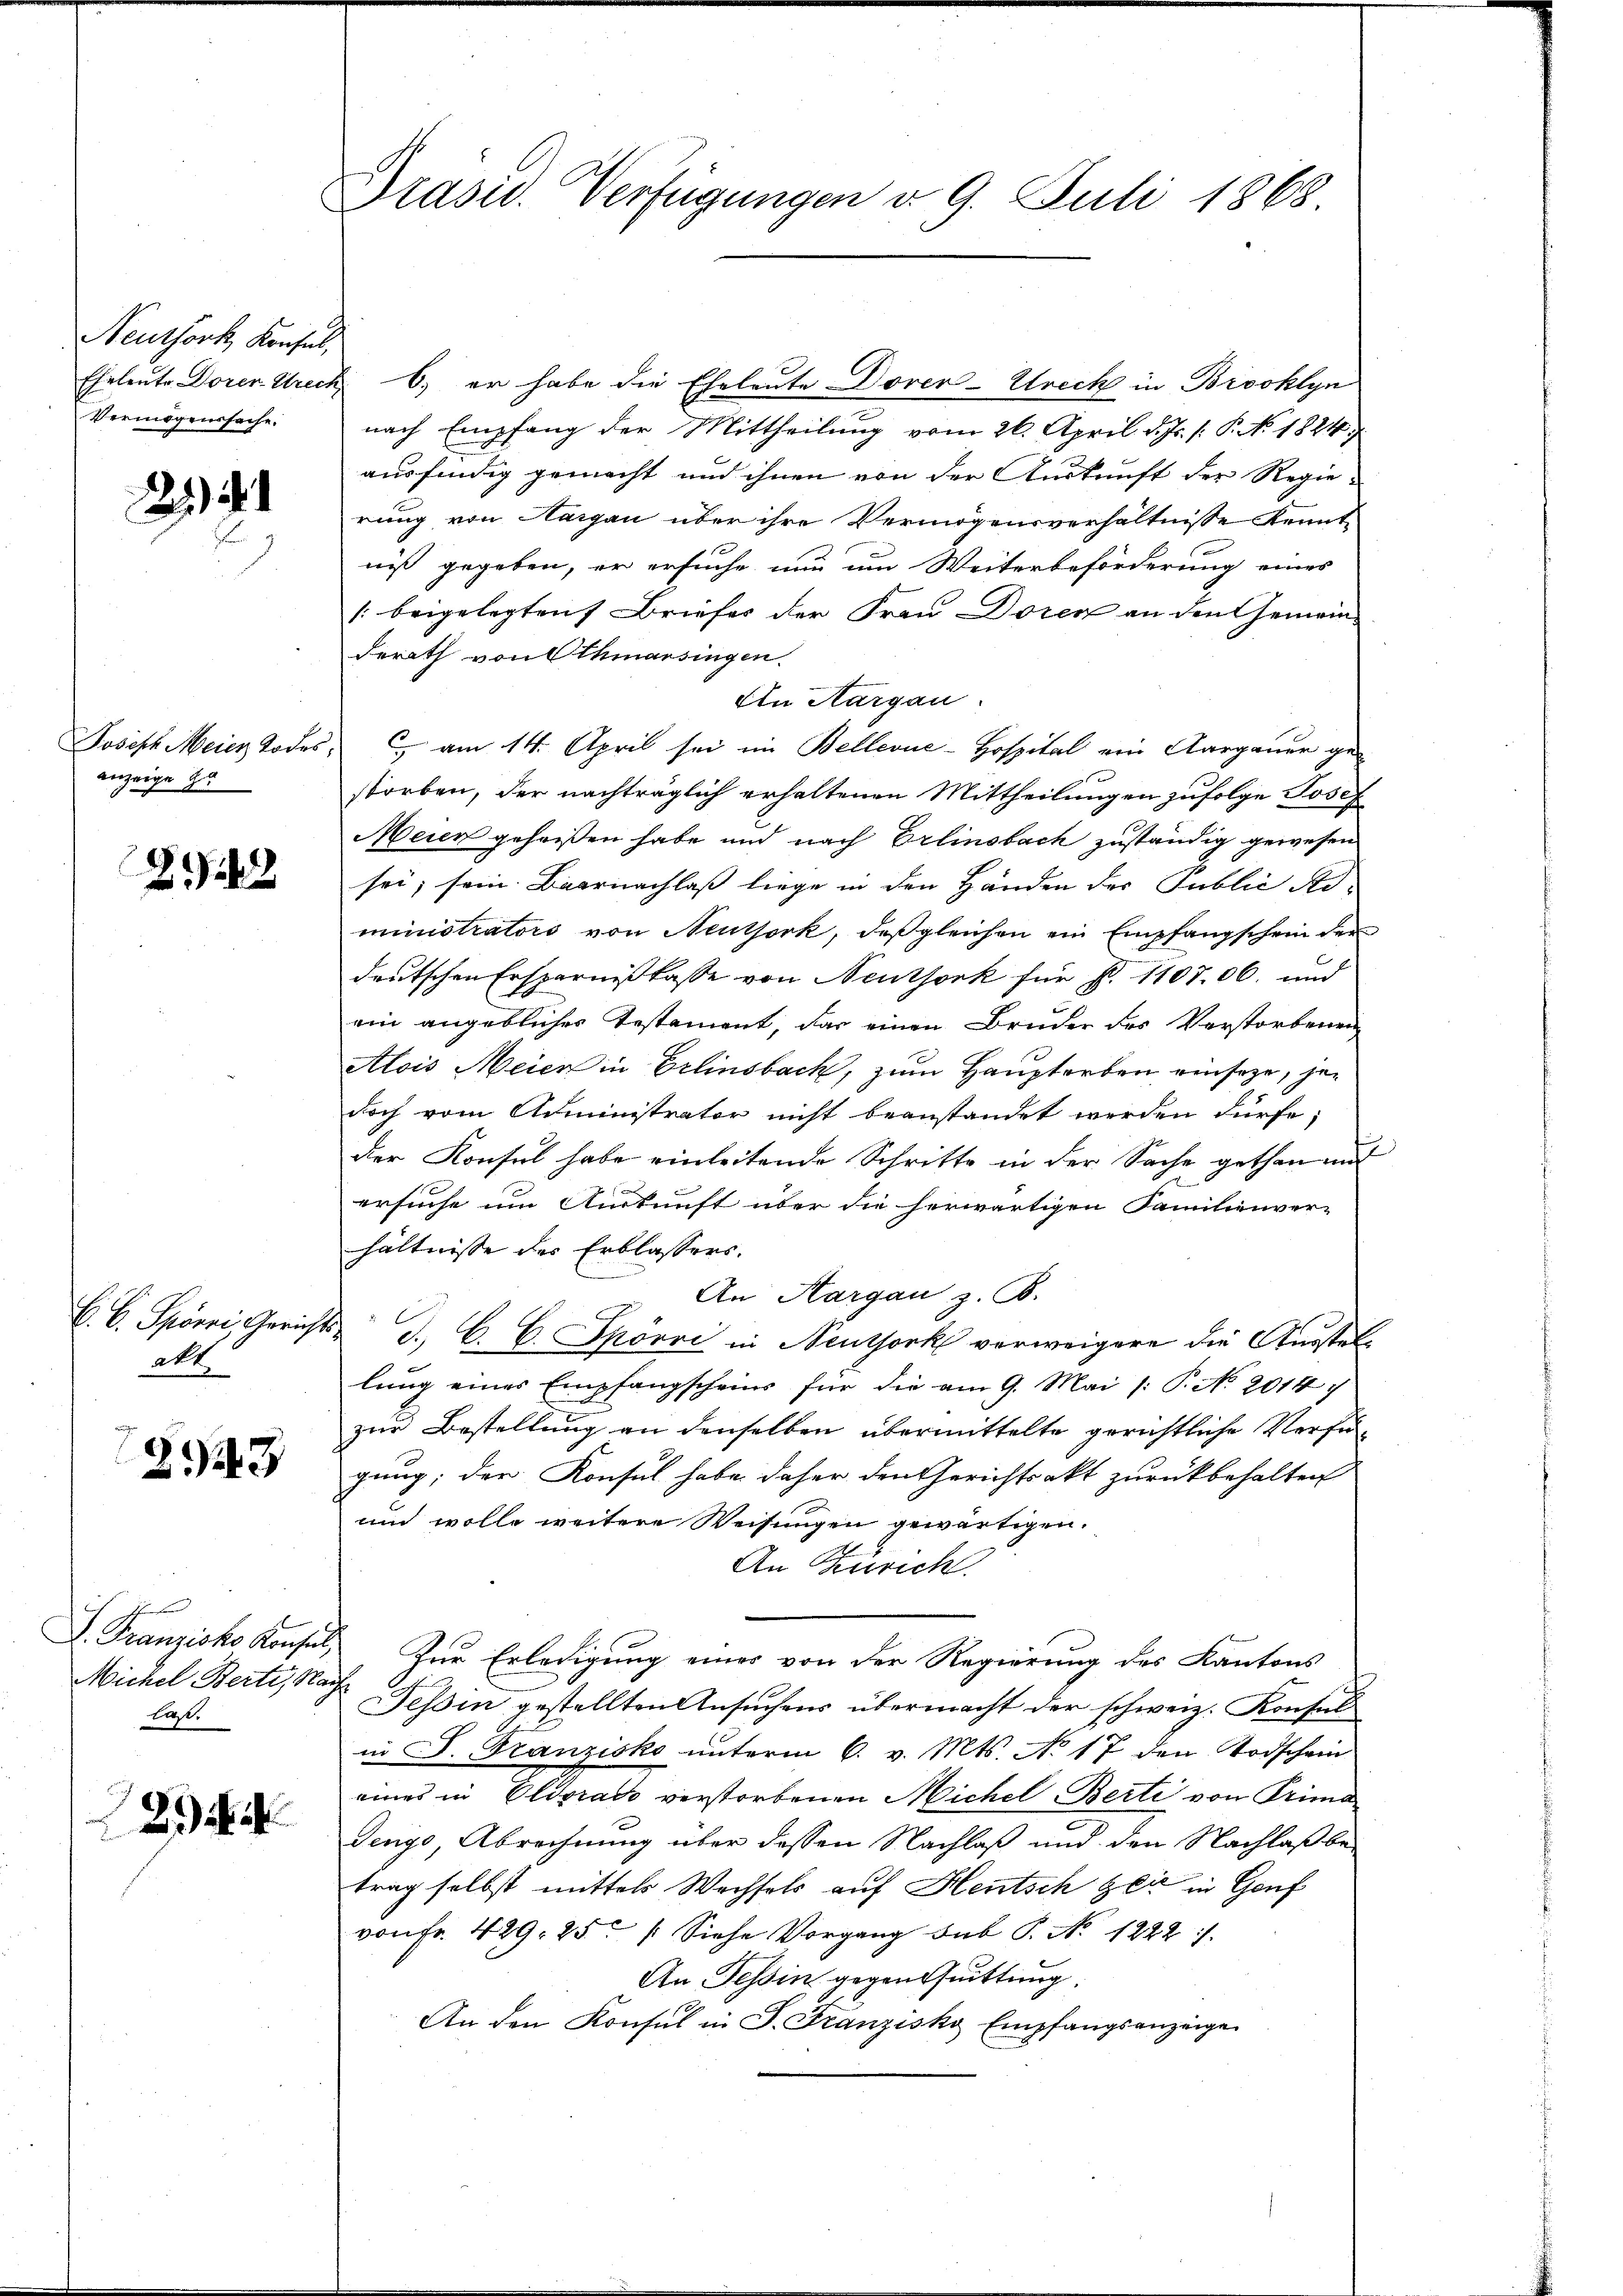
Neuthork Konsul,
Eheleute Doren Strech
Vermögenssache.

Joseph Meier Todes
anzeige zu

242

E. b. Spörri, Gericht
akt

243

S. Franzisko Konsul,
Michel Berti, Nach
la.

29

Präsid. Verfügungen d. 9. Juli 1868

6) er habe die Eheleute Dorer-Utreck in Brooklyn
nach Empfang der Mittheilung vom 26. April d. Js. [: P. No. 1824.
ausfindig gemacht und ihnen von der Auskunft der Regie-
rung von Aargau über ihre Vermögensverhältnisse kennt
niß gegeben, er ersuche nun um Weiterbeförderung eines
[beigelegten Briefes der Frau Doren an den Gemein-
derath von Othmarsingen.
An Aargau
 am 14. April sei im Bellevue-Hospital ein Aargauer ge-
storben, der nachträglich erhaltenen Mittheilungen zufolge Josef
Meier geheißen habe und nach Erlinsbach zuständig gewesen
sei; sein Baarnachlaß liege in den Händen der Public Ad-
ministrators von Neuthork, daß gleichen ein Empfangschein der
deutschen Ersparnißkasse von Neuthork für N. 1107. 06. und
ein angeblicher Testament, das einen Bruder des Verstorbenen
Alois Meier in Erlinsbach, zum Hauptorben einseze, jedoch vom Administrator nicht beanstandet werden dürfe;
der Konsul habe einleitende Schritte in der Sache gethan und
ersuche um Auskunft über die herwärtigen Familienver-
hältnisse des Erblassers.
An Aargau z. B.
J. C. C. Spörri in Neuthork verweigere die Anstellung eines Empfangscheins für die am 9. Mai /: P. No 2014 7
zur Bestellung an denselben übermittelte gerichtliche Verfügung; der Konsul habe daher den Gerichtsakt zurückbehalten
und wolle weitere Weisungen gewärtigen.
An Zürich
Zur Erledigung eines von der Regierung des Kantons
Tessin gestellten Ansuchens übermacht der schweiz. Konsul
in P. Franzisko unterm 6. v. Mts. No 17 den Todschein
eines in Eldorac verstorbenen Michel Berti von Prima
Dengo, Abrechnung über dessen Nachlaß und den Nachlaß betrag selbst mittels Wechsels auf Heutsch zeit in Genf
von Fr. 429, 25 /: Siehe Vorgang sub P. No. 1222.
An Tessin gegentuittung.
An den Konsul in P. Franziska Empfangsanzeige